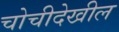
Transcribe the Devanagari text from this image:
चोचीदेखील